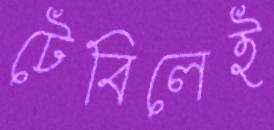
টেবিলেই